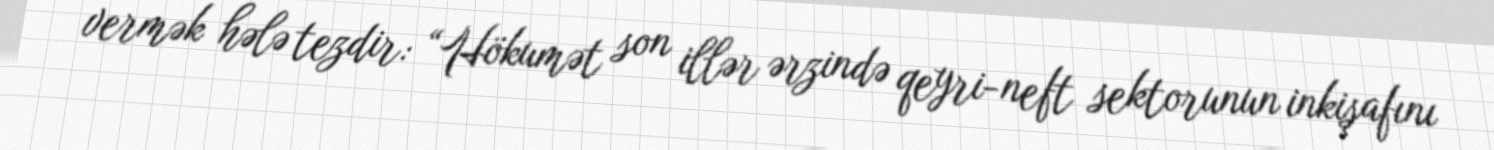
vermək hələ tezdir: “Hökumət son illər ərzində qeyri-neft sektorunun inkişafını